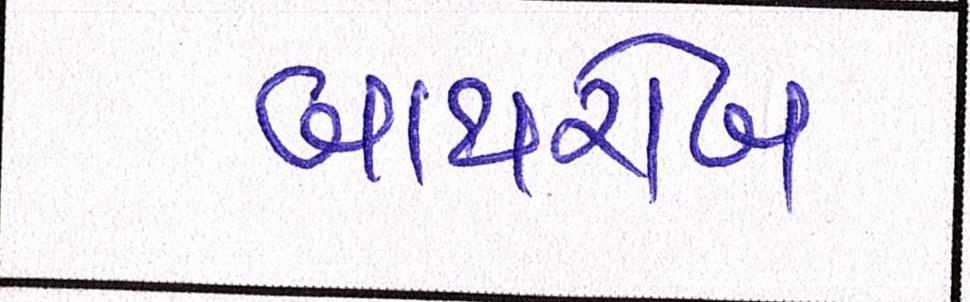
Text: બાથરોબ